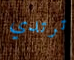
ترتدي